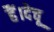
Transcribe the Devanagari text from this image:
हैं।देचू